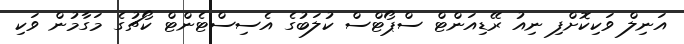
އަނިލް ވަކިކޮށްފި ނިއު ރޭޑިއަންޓް ސްޕޯޓްސް ކުލަބުގެ އެސިސްޓެންޓް ކޯޗުގެ މަގާމުން ވަކި